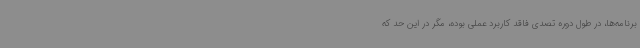
برنامه‌ها، در طول دوره تصدی فاقد کاربرد عملی بوده، مگر در این حد که